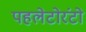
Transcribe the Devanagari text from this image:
पहलेटोरंटो